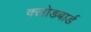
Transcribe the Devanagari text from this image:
क्लोडबार्ड